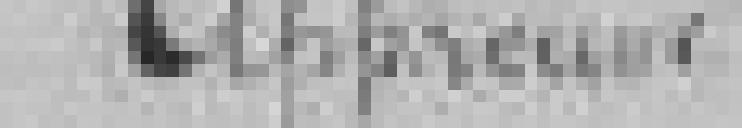
Approuvé